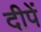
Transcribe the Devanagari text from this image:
दीपें